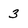
Character: 3